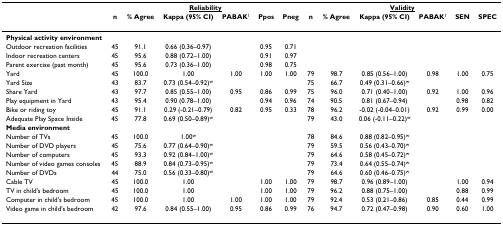
<table><thead><tr><td></td><td colspan="6"><b><underline>Reliability</underline></b></td><td colspan="6"><b><underline>Validity</underline></b></td></tr><tr><td></td><td><b>n</b></td><td><b>% Agree</b></td><td><b>Kappa (95% CI)</b></td><td><b>PABAK<sup>1</sup></b></td><td><b>Ppos</b></td><td><b>Pneg</b></td><td><b>n</b></td><td><b>% Agree</b></td><td><b>Kappa (95% CI)</b></td><td><b>PABAK<sup>1</sup></b></td><td><b>SEN</b></td><td><b>SPEC</b></td></tr></thead><tbody><tr><td><b>Physical activity environment</b></td><td></td><td></td><td></td><td></td><td></td><td></td><td></td><td></td><td></td><td></td><td></td><td></td></tr><tr><td>Outdoor recreation facilities</td><td>45</td><td>91.1</td><td>0.66 (0.36–0.97)</td><td></td><td>0.95</td><td>0.71</td><td></td><td></td><td></td><td></td><td></td><td></td></tr><tr><td>Indoor recreation centers</td><td>45</td><td>95.6</td><td>0.88 (0.72–1.00)</td><td></td><td>0.91</td><td>0.97</td><td></td><td></td><td></td><td></td><td></td><td></td></tr><tr><td>Parent exercise (past month)</td><td>45</td><td>95.6</td><td>0.73 (0.36–1.00)</td><td></td><td>0.98</td><td>0.75</td><td></td><td></td><td></td><td></td><td></td><td></td></tr><tr><td>Yard</td><td>45</td><td>100.0</td><td>1.00</td><td>1.00</td><td>1.00</td><td>1.00</td><td>79</td><td>98.7</td><td>0.85 (0.56–1.00)</td><td>0.98</td><td>1.00</td><td>0.75</td></tr><tr><td>Yard Size</td><td>43</td><td>83.7</td><td>0.73 (0.54–0.92)<sup>w</sup></td><td></td><td></td><td></td><td>75</td><td>66.7</td><td>0.49 (0.31–0.66)<sup>w</sup></td><td></td><td></td><td></td></tr><tr><td>Share Yard</td><td>43</td><td>97.7</td><td>0.85 (0.55–1.00)</td><td>0.95</td><td>0.86</td><td>0.99</td><td>75</td><td>96.0</td><td>0.71 (0.40–1.00)</td><td>0.92</td><td>1.00</td><td>0.96</td></tr><tr><td>Play equipment in Yard</td><td>43</td><td>95.4</td><td>0.90 (0.78–1.00)</td><td></td><td>0.94</td><td>0.96</td><td>74</td><td>90.5</td><td>0.81 (0.67–0.94)</td><td></td><td>0.98</td><td>0.82</td></tr><tr><td>Bike or riding toy</td><td>45</td><td>91.1</td><td>0.29 (-0.21–0.79)</td><td>0.82</td><td>0.95</td><td>0.33</td><td>78</td><td>96.2</td><td>-0.02 (-0.04–0.01)</td><td>0.92</td><td>0.99</td><td>0.00</td></tr><tr><td>Adequate Play Space Inside</td><td>45</td><td>77.8</td><td>0.69 (0.50–0.89)<sup>w</sup></td><td></td><td></td><td></td><td>79</td><td>43.0</td><td>0.06 (-0.11–0.22)<sup>w</sup></td><td></td><td></td><td></td></tr><tr><td><b>Media environment</b></td><td></td><td></td><td></td><td></td><td></td><td></td><td></td><td></td><td></td><td></td><td></td><td></td></tr><tr><td>Number of TVs</td><td>45</td><td>100.0</td><td>1.00<sup>w</sup></td><td></td><td></td><td></td><td>78</td><td>84.6</td><td>0.88 (0.82–0.95)<sup>w</sup></td><td></td><td></td><td></td></tr><tr><td>Number of DVD players</td><td>45</td><td>75.6</td><td>0.77 (0.64–0.90)<sup>w</sup></td><td></td><td></td><td></td><td>79</td><td>59.5</td><td>0.56 (0.43–0.70)<sup>w</sup></td><td></td><td></td><td></td></tr><tr><td>Number of computers</td><td>45</td><td>93.3</td><td>0.92 (0.84–1.00)<sup>w</sup></td><td></td><td></td><td></td><td>79</td><td>64.6</td><td>0.58 (0.45–0.72)<sup>w</sup></td><td></td><td></td><td></td></tr><tr><td>Number of video games consoles</td><td>45</td><td>88.9</td><td>0.84 (0.73–0.95)<sup>w</sup></td><td></td><td></td><td></td><td>79</td><td>73.4</td><td>0.64 (0.55–0.74)<sup>w</sup></td><td></td><td></td><td></td></tr><tr><td>Number of DVDs</td><td>44</td><td>75.0</td><td>0.56 (0.33–0.80)<sup>w</sup></td><td></td><td></td><td></td><td>79</td><td>64.6</td><td>0.60 (0.46–0.75)<sup>w</sup></td><td></td><td></td><td></td></tr><tr><td>Cable TV</td><td>45</td><td>100.0</td><td>1.00</td><td></td><td>1.00</td><td>1.00</td><td>79</td><td>98.7</td><td>0.96 (0.89–1.00)</td><td></td><td>1.00</td><td>0.94</td></tr><tr><td>TV in child&#x27;s bedroom</td><td>45</td><td>100.0</td><td>1.00</td><td></td><td>1.00</td><td>1.00</td><td>79</td><td>96.2</td><td>0.88 (0.75–1.00)</td><td></td><td>0.88</td><td>0.99</td></tr><tr><td>Computer in child&#x27;s bedroom</td><td>45</td><td>100.0</td><td>1.00</td><td>1.00</td><td>1.00</td><td>1.00</td><td>79</td><td>92.4</td><td>0.53 (0.21–0.86)</td><td>0.85</td><td>0.44</td><td>0.99</td></tr><tr><td>Video game in child&#x27;s bedroom</td><td>42</td><td>97.6</td><td>0.84 (0.55–1.00)</td><td>0.95</td><td>0.86</td><td>0.99</td><td>76</td><td>94.7</td><td>0.72 (0.47–0.98)</td><td>0.90</td><td>0.60</td><td>1.00</td></tr></tbody></table>